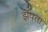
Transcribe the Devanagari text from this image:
झेंपता